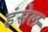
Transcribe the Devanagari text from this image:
हंसेल